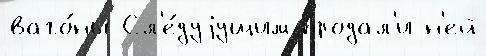
ваго́ны Сл'е́дуjущим продал'и н'ей